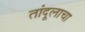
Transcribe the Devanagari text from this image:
तांदूलाचा